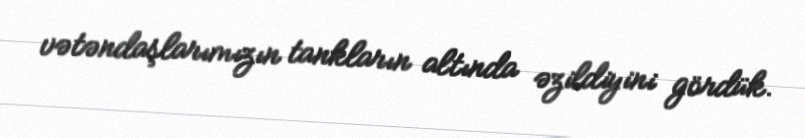
vətəndaşlarımızın tankların altında əzildiyini gördük.